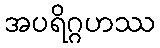
အပရိဂ္ဂဟဿ